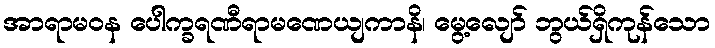
အာရာမဝန ပေါက္ခရဏီရာမဏေယျကာနိ၊ မွေ့လျော် ဘွယ်ရှိကုန်သော